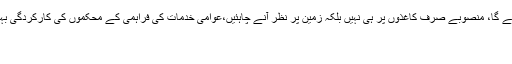
ترقیاتی منصوبے عوام کی ضروریات کے مطابق بنائے جائیں گے تو عوام کو ریلیف مل سکے گا، منصوبے صرف کاغذوں پر ہی نہیں بلکہ زمین پر نظر آنے چاہئیں،عوامی خدمات کی فراہمی کے محکموں کی کارکردگی بہتر ہونے سے ترقیاتی منصوبے بروقت مکمل ہوسکیں گے،وزیراعلیٰ بلوچستان جام کمال خان
بدھ 19 ستمبر 2018 01:00
کوئٹہ۔